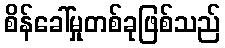
စိန်ခေါ်မှုတစ်ခုဖြစ်သည်